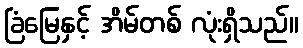
ခြံမြေနှင့် အိမ်တစ် လုံးရှိသည်။